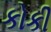
કોકી